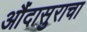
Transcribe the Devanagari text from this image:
औंदासुराचा